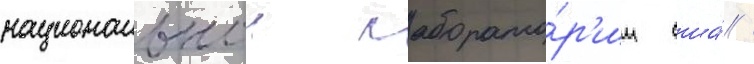
национальнои лаборато́р'ии сша́ /